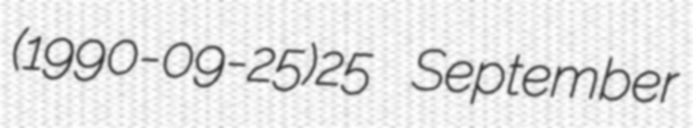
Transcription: (1990-09-25)25 September